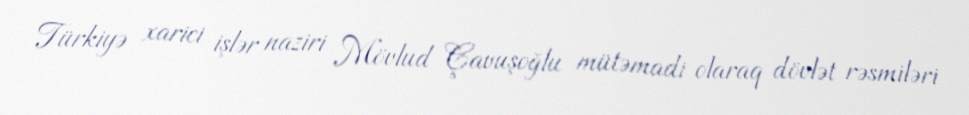
Türkiyə xarici işlər naziri Mövlud Çavuşoğlu mütəmadi olaraq dövlət rəsmiləri